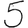
Digit: 5